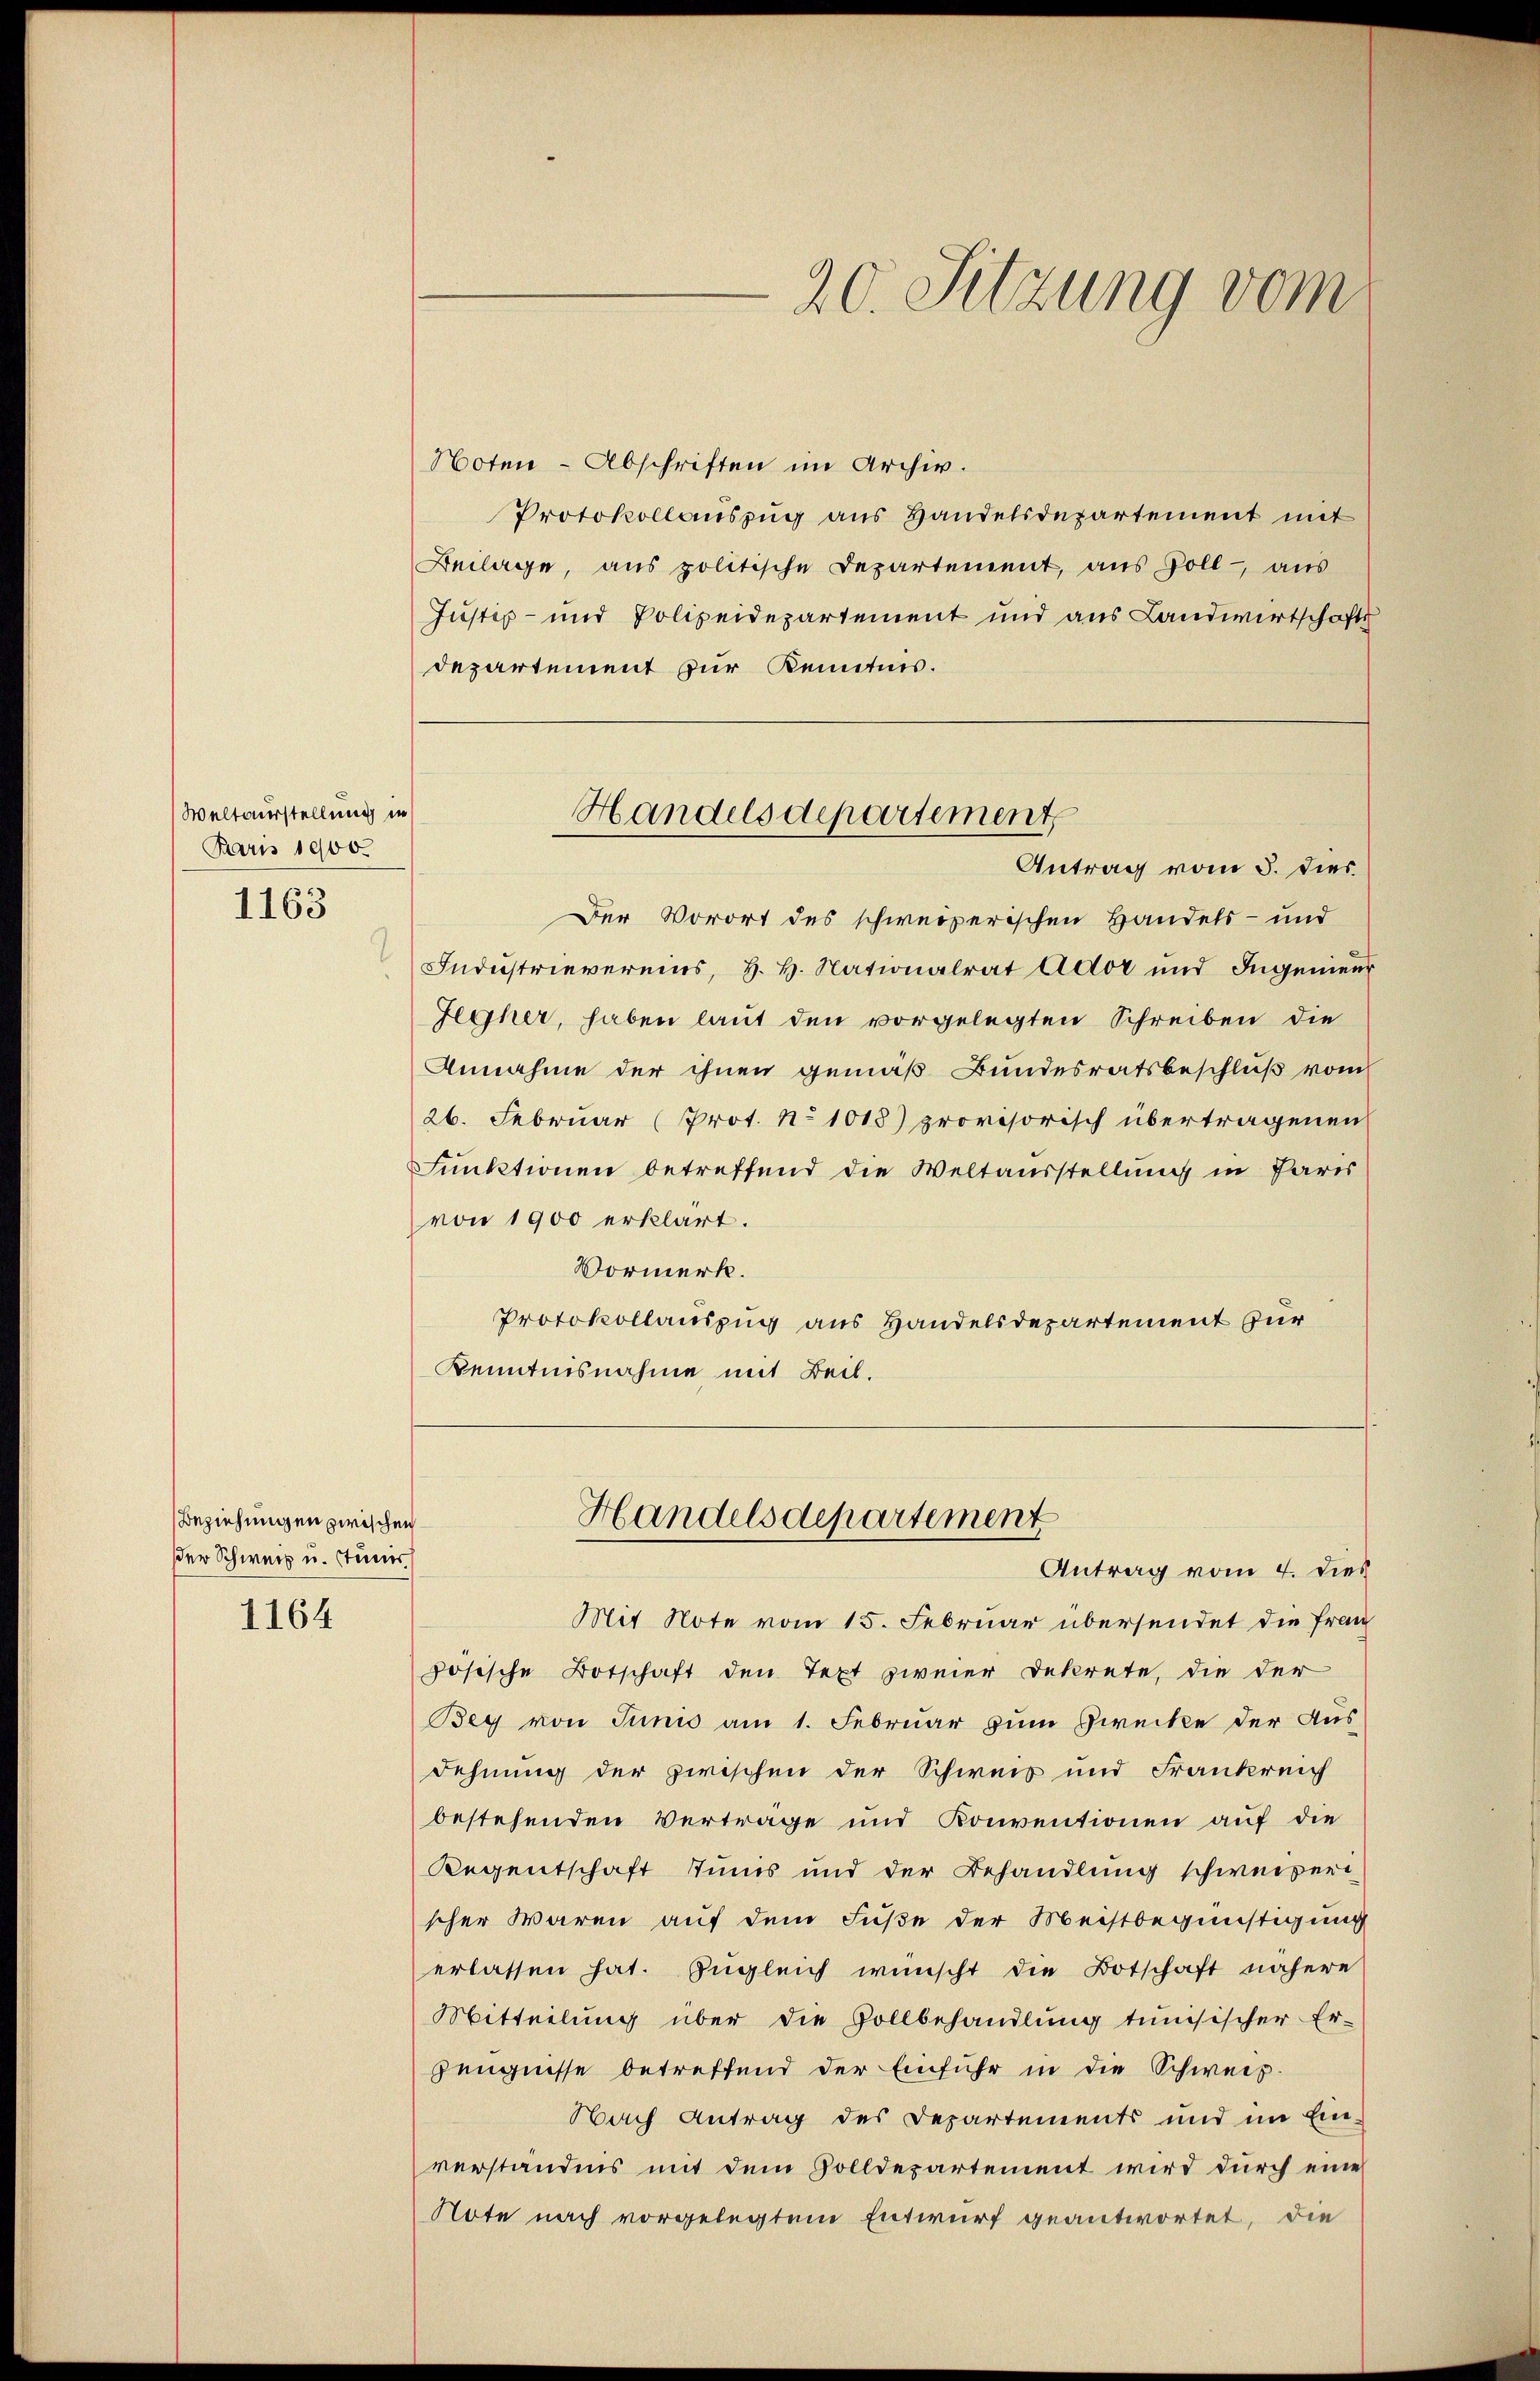
Weltausstellung in
Bern 1900.

1163

.

Beziehungen zwischen
der Schweiz u. stumes

1164

Noten - Abschriften im Archiv.
Protokollauszug aus Handelsdepartement mit
Beilage, aus politische Departement, aus Soll aus
Justiz- und Polizeidepartement und aus Landwirtschafts
departement zur Kenntnis.
Der Vorort des schweizerischen Handels- und
Indŭstrievereins, H. H. Nationalrat Ador und Ingenieu
Gegher, haben laut den vorgelegten Schreiben die
Annahme der ihnen gemäß Bundesratsbeschluß vom
26. Februar (Prot. No 1018) provisorisch übertragenen
Funktionen betreffend die Weltausstellung in Paris
von 1900 erklärt.
Vormerk.
Protokollauszug aus Handelsdepartement zur
Kenntnisnahme mit Beil.

20. Sitzung vom

Handelsdepartement,
Antrag vom 5. dies

Mit Note vom 15. Februar übersendet die Frau
zösische Botschaft den Text zweier Dekrete, die der
Bey von Juni am 1. Februar zum Zwecke der Aus-
Dehnung der zwischen der Schweis und Frankreich
bestehenden Verträge und Konventionen auf die
Regentschaft Tunis und der Behandlung schweizeri
scher waren auf dem Fuße der Meistbegünstigung
erlassen hat. Zugleich wünscht die Botschaft nähere
Mittelung über die Vollbehandlung tunisischer Er-
Zeugnisse betreffend der Einfuhr in die Schweiz.
Nach Antrag des Departements und im Ein-
verständnis mit dem Zolldepartement wird durch eine
Note nach vorgelegtem Entwurf geantwortet, die

Handelsdepartement
Antrag vom 4. dies